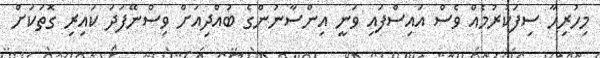
މިހުރިހާ ސިފަކުރުމެއް ވެސް އައިސްފައި ވަނީ އިންސާނުންގެ ބުއްދިއަށް ވިސްނޭފަދަ ކައިރި ގޮތަކަށް